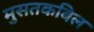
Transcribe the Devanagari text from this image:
मुसतकबिल